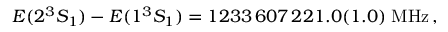
E ( 2 ^ { 3 } S _ { 1 } ) - E ( 1 ^ { 3 } S _ { 1 } ) = 1 2 3 3 \, 6 0 7 \, 2 2 1 . 0 ( 1 . 0 ) \; \mathrm { M H z } \, ,